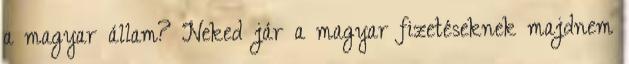
a magyar állam? Neked jár a magyar fizetéseknek majdnem